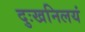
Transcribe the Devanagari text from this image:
दुःखनिलयं